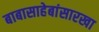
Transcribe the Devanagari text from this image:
बाबासाहेबांसारखा